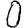
Digit: 0